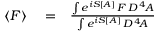
\begin{array} { r l r } { \langle F \rangle } & { { } = } & { { \frac { \int e ^ { i S [ A ] } \, F \, { \cal D } ^ { \, 4 } \! A } { \int e ^ { i S [ A ] } \, { \cal D } ^ { \, 4 } \! A } } } \end{array}